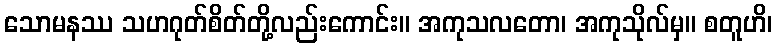
သောမနဿ သဟဂုတ်စိတ်တို့လည်းကောင်း။ အကုသလတော၊ အကုသိုလ်မှ။ စတူဟိ၊